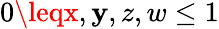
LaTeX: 0\leqx,\mathbf{y},z,w\leq1